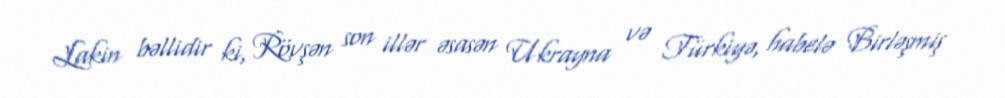
Lakin bəllidir ki, Rövşən son illər əsasən Ukrayna və Türkiyə, habelə Birləşmiş